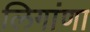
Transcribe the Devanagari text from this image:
लिगांणा